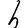
Character: h